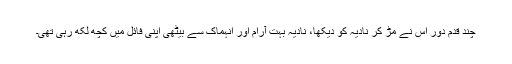
چند قدم دور اس نے مڑ کر نادیہ کو دیکھا، نادیہ بہت آرام اور انہماک سے بیٹھی اپنی فائل میں کچھ لکھ رہی تھی۔